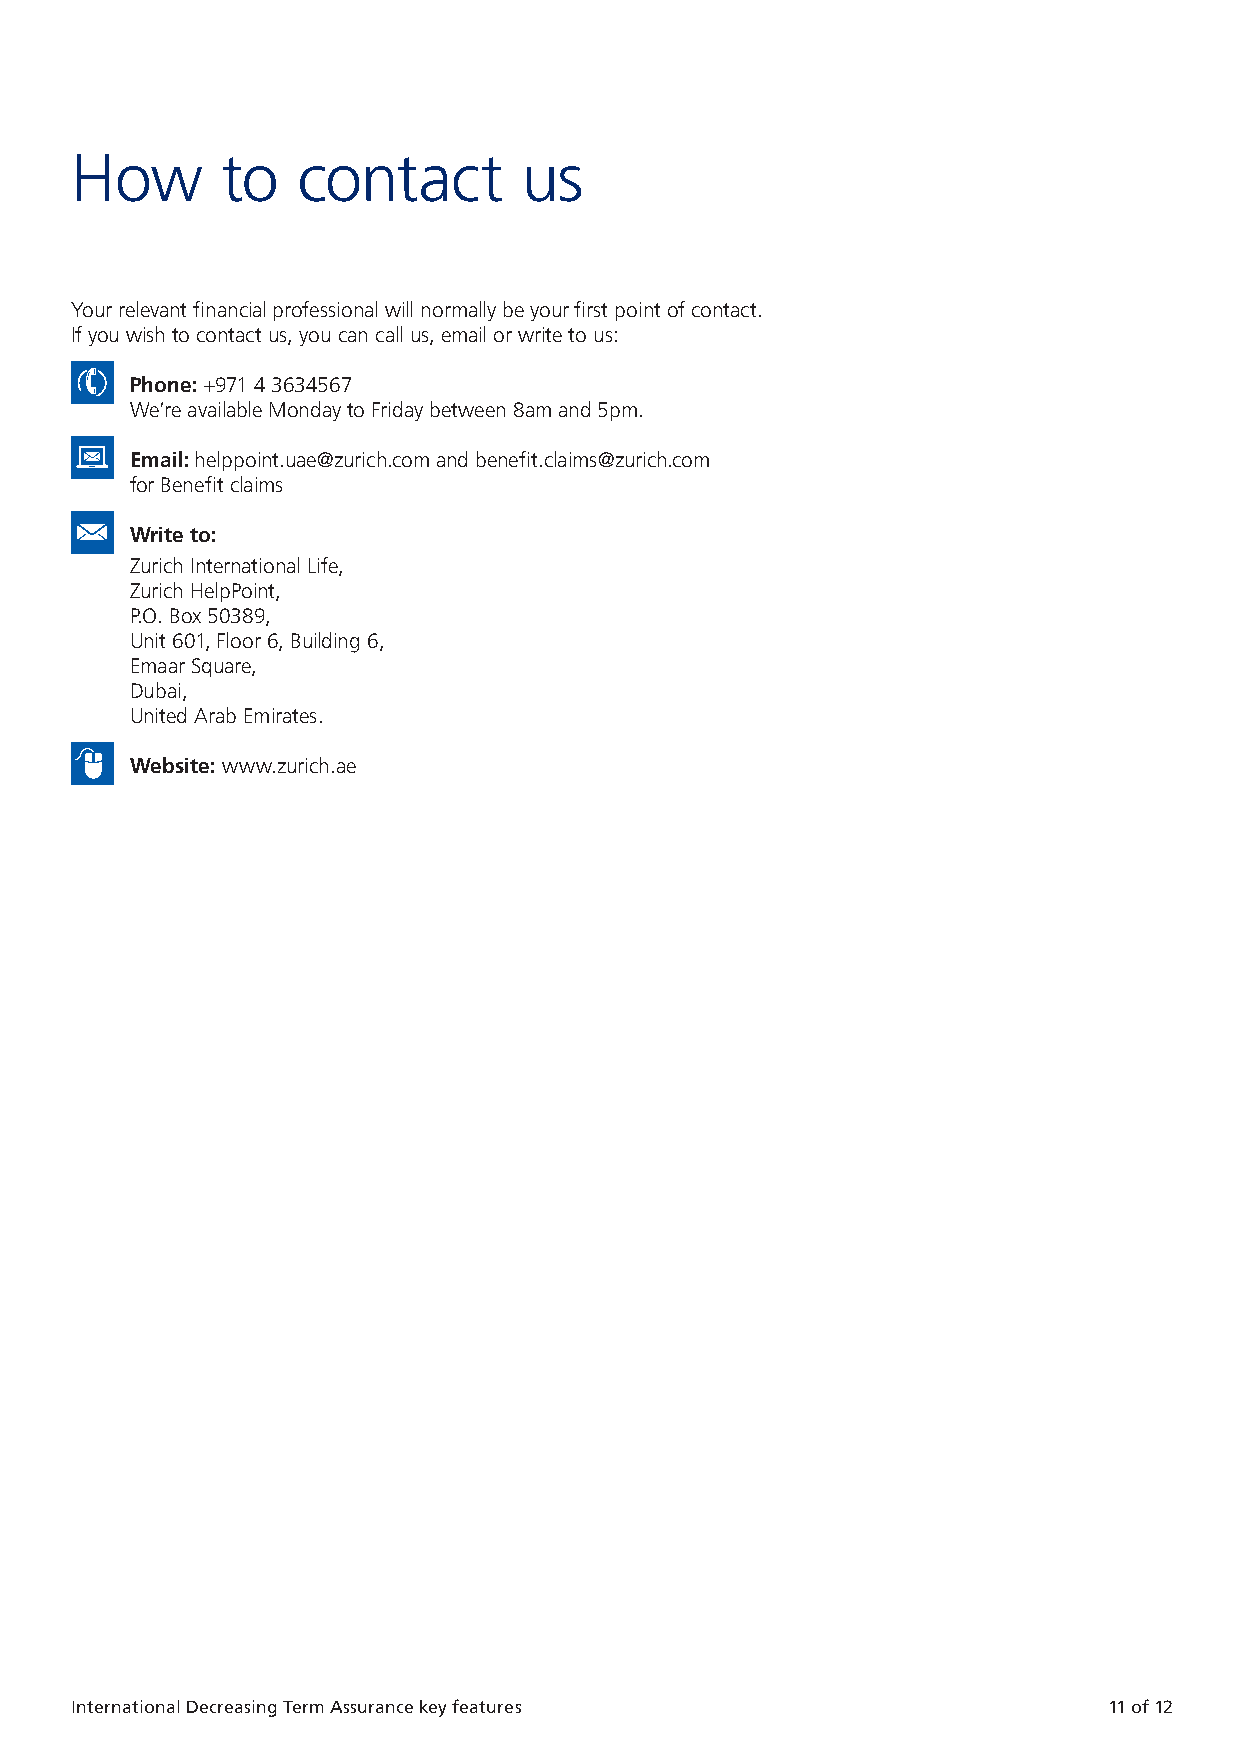
How       to   contact        us
 Your relevant financial professional will normally be your first point of contact.
 If you wish to contact us, you can call us, email or write to us:
 Phone: +971 4 3634567
 We’re available Monday to Friday between 8am and 5pm.
 Email: helppoint.uae@zurich.com and benefit.claims@zurich.com
 for Benefit claims
 Write to:
 Zurich International Life,
 Zurich HelpPoint,
 P.O. Box 50389,
 Unit 601, Floor 6, Building 6,
 Emaar Square,
 Dubai,
 United Arab Emirates.
 Website: www.zurich.ae
 10 of 12 International Decreasing Term Assurance key features International Decreasing Term Assurance key features 11 of 12
 ZZUURR--771177116699000099--MMSSPP1133330044--EENN..iinndddd 1111         0055//0011//22002222 1111::0011